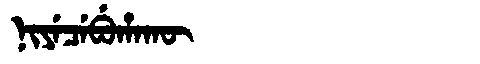
Manchu: ᠨᡳᠶᡝᠴᡝᠪᡠᡥᠠᡴᡡ
Romanization: NIYECEBUHAKŪ